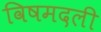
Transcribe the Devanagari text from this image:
विषमदली